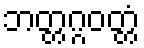
ဘတ္တဂ္ဂဝတ္တံ